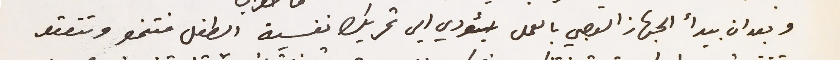
وبعد ان بيدأ الجهاز العصبي بالعمل سيؤدي الى تحريك نفسية الطفل فتنمو وتتعقد